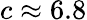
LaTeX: c\approx 6.8